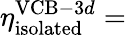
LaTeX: \eta_{\mathrm{isolated}}^{\mathrm{VCB-}3d}=